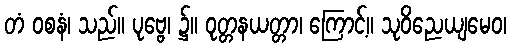
တံ ဝစနံ၊ သည်။ ပုဗ္ဗေ၊ ၌။ ဝုတ္တနယတ္တာ၊ ကြောင့်။ သုဝိညေယျမေဝ၊